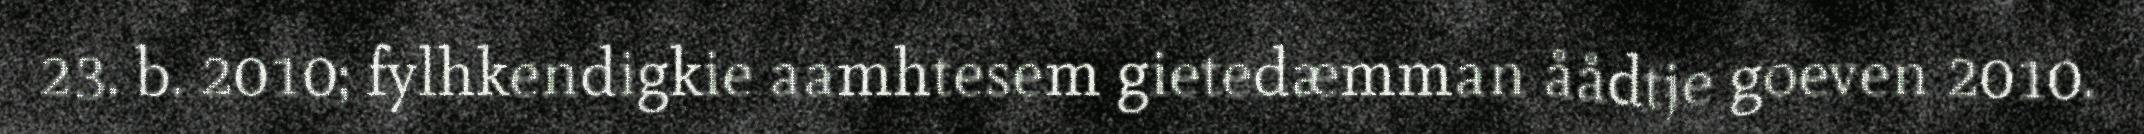
23. b. 2010; fylhkendigkie aamhtesem gietedæmman åådtje goeven 2010.